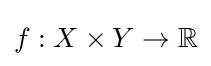
f:X\times Y\rightarrow \mathbb {R} \,\!